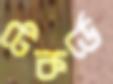
টেকর্ডে